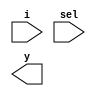
module mux41(
 input [3:0]i,
 input [1:0]sel,
 output wor y
 );
 
 wire w1,w2,w3,w4;  

	`ifdef DFLOW
    assign w1 = ~sel[1] & ~sel[0] & i[0];
    assign w2 = ~sel[1] & sel[0] & i[1];
    assign w3 = sel[1] & ~sel[0] & i[2];
    assign w4 = sel[1] & sel[0] & i[3];
	
   assign  y = w1 | w2 | w3 | w4;
   `endif
   
   `ifdef GFLOW 
   wire sel1bar,sel0bar;
   
   not n1(sel1bar,sel[1]);
   not n2(sel0bar,sel[0]);
   
   and a1(w1,sel1bar,sel0bar,i[0]);
   and a2(w2,sel1bar,sel[0],i[1]);
   and a3(w3,sel[1],sel0bar,i[2]);
   and a4(w4,sel[1],sel[0],i[3]);
   
   or a5(y, w1,w2,w3,w4);
   `endif
 
 
endmodule